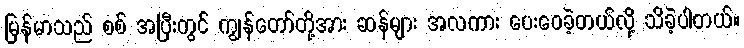
မြန်မာသည် စစ် အပြီးတွင် ကျွန်တော်တို့အား ဆန်များ အလကား ပေးဝေခဲ့တယ်လို့ သိခဲ့ပါတယ်။